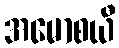
အမောစယီ